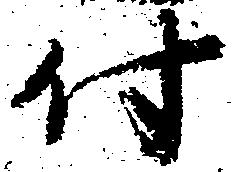
付